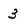
Character: 3